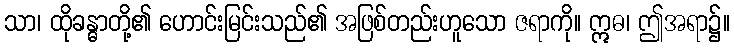
သာ၊ ထိုခန္ဓာတို့၏ ဟောင်းမြင်းသည်၏ အဖြစ်တည်းဟူသော ဇရာကို။ ဣဓ၊ ဤအရာ၌။